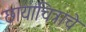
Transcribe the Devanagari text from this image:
छायाचित्राचे